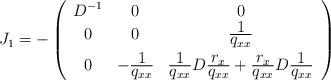
LaTeX: \begin{align*}J_1= - \left(\begin{array}{ccc} D^{-1} & 0 & 0 \\0 & 0 & \frac{\textstyle{1}}{\textstyle{q_{xx}}} \\ [2mm]0 & - \frac{\textstyle{1}}{\textstyle{q_{xx}}} & \frac{\textstyle{1}}{\textstyle{q_{xx}}} D\frac{\textstyle{r_x}}{\textstyle{q_{xx}}}+ \frac{\textstyle{r_x}}{\textstyle{q_{xx}}} D\frac{\textstyle{1}}{\textstyle{q_{xx}}}\end{array}\right)\end{align*}